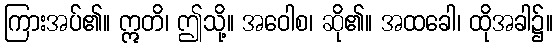
ကြားအပ်၏။ ဣတိ၊ ဤသို့။ အဝေါစ၊ ဆို၏။ အထခေါ၊ ထိုအခါ၌။